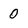
Character: 0